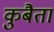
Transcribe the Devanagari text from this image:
कुबैता